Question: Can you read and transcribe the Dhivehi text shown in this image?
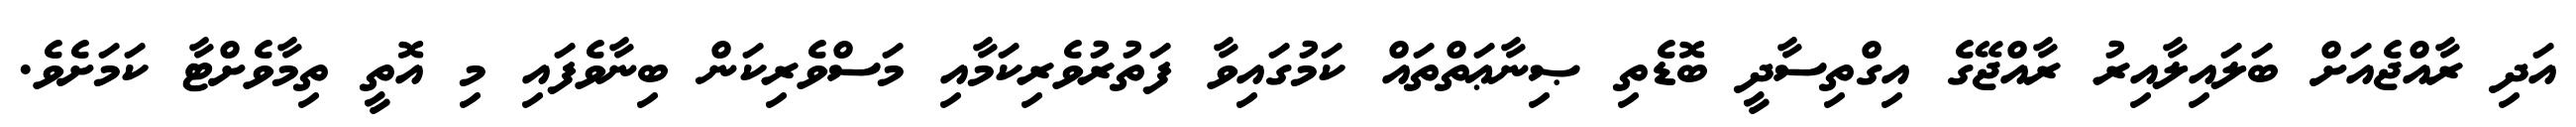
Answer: އަދި ރާއްޖެއަށް ބަލައިލާއިރު ރާއްޖޭގެ އިގްތިސާދީ ބޮޑެތި ޞިނާޢަތްތައް ކަމުގައިވާ ފަތުރުވެރިކަމާއި މަސްވެރިކަން ބިނާވެފައި މި އޮތީ ތިމާވެށްޓާ ކަމަށެވެ.